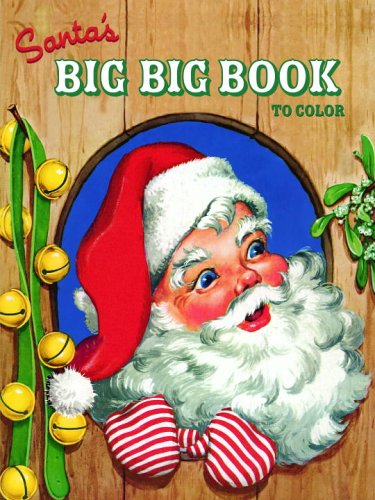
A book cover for Santa's Big Big Book to Color (Jumbo Coloring Book); Golden Books; Children's Books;